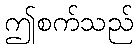
ဤစက်သည်